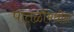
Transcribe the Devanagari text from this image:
पातळींमधील